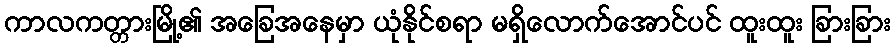
ကာလကတ္တားမြို့၏ အခြေအနေမှာ ယုံနိုင်စရာ မရှိလောက်အောင်ပင် ထူးထူး ခြားခြား